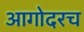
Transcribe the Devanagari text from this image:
आगोदरच